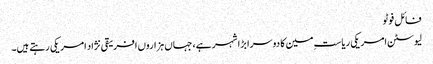
فائل فوٹو
لیوسٹن امریکی ریاستِ مین کا دوسرا بڑا شہر ہے، جہاں ہزاروں افریقی نژاد امریکی رہتے ہیں۔